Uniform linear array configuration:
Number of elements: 64
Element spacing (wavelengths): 0.75
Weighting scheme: hann
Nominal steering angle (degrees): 45
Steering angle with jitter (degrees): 46.157
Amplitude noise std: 0.05
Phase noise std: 0.05

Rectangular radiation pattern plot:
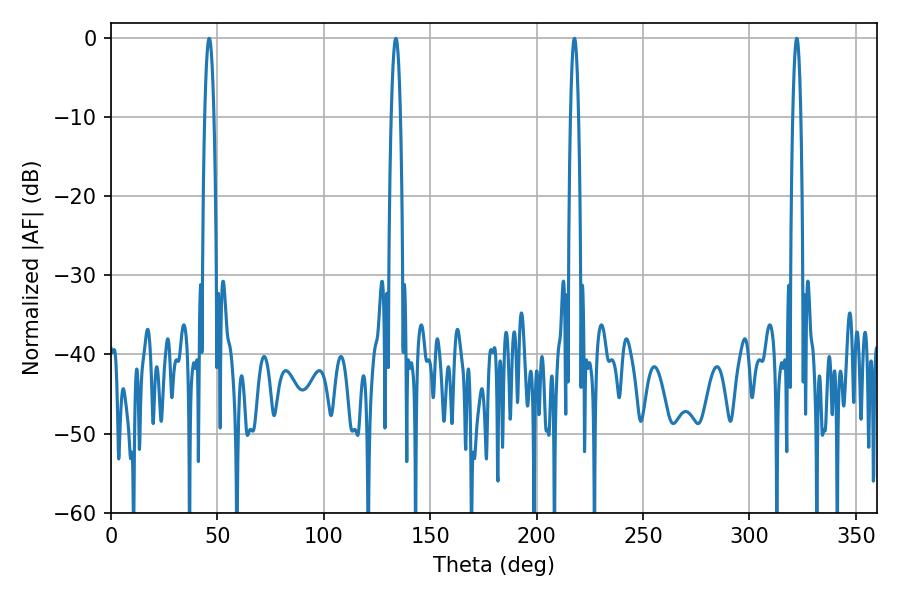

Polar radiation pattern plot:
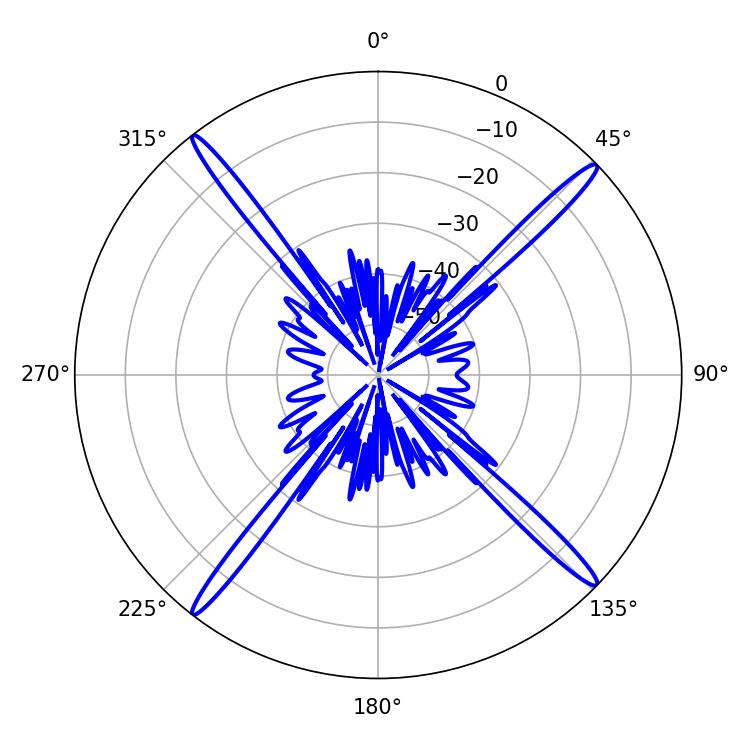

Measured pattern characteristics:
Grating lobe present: TRUE
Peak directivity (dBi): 20.734
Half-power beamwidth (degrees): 1.98
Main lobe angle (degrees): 322.2